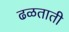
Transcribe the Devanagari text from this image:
ढळताती